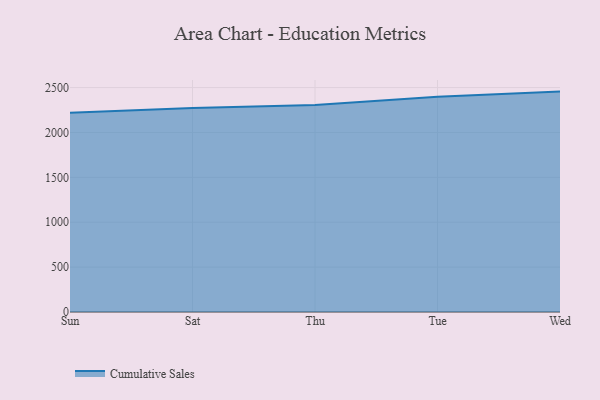
{"axis": {"x": "Day", "y": "Operating Costs (USD K)"}, "legend": ["Cumulative Sales"], "data": [{"x": "Sun", "y": 2218.5, "type": "Cumulative Sales"}, {"x": "Sat", "y": 2273.4, "type": "Cumulative Sales"}, {"x": "Thu", "y": 2305.4, "type": "Cumulative Sales"}, {"x": "Tue", "y": 2398.4, "type": "Cumulative Sales"}, {"x": "Wed", "y": 2455.1, "type": "Cumulative Sales"}]}